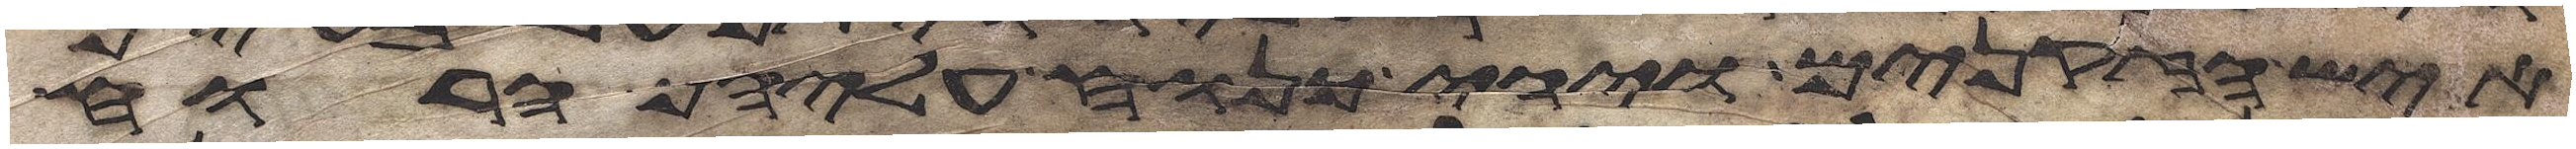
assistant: איש הזקנים ויהי כנוח עליהם הרוח